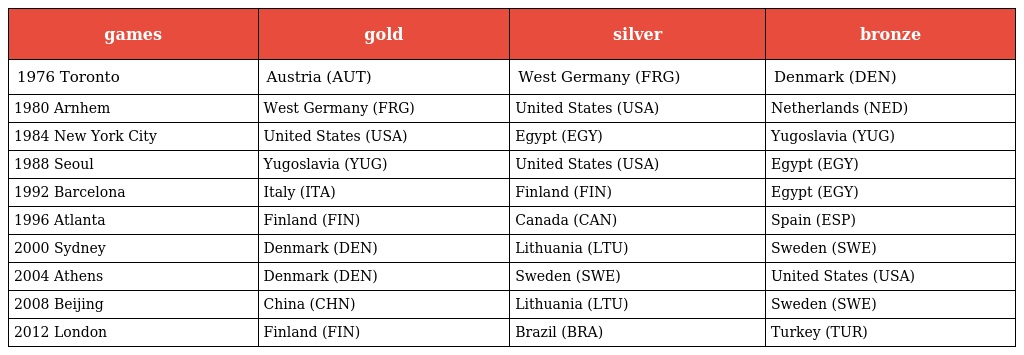
| games | gold | silver | bronze |
 | --- | --- | --- | --- |
 | 1976 Toronto | Austria (AUT) | West Germany (FRG) | Denmark (DEN) |
 | 1980 Arnhem | West Germany (FRG) | United States (USA) | Netherlands (NED) |
 | 1984 New York City | United States (USA) | Egypt (EGY) | Yugoslavia (YUG) |
 | 1988 Seoul | Yugoslavia (YUG) | United States (USA) | Egypt (EGY) |
 | 1992 Barcelona | Italy (ITA) | Finland (FIN) | Egypt (EGY) |
 | 1996 Atlanta | Finland (FIN) | Canada (CAN) | Spain (ESP) |
 | 2000 Sydney | Denmark (DEN) | Lithuania (LTU) | Sweden (SWE) |
 | 2004 Athens | Denmark (DEN) | Sweden (SWE) | United States (USA) |
 | 2008 Beijing | China (CHN) | Lithuania (LTU) | Sweden (SWE) |
 | 2012 London | Finland (FIN) | Brazil (BRA) | Turkey (TUR) |